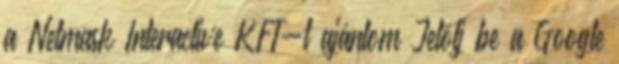
a Netmask Interactive KFT-t ajánlom Jelölj be a Google